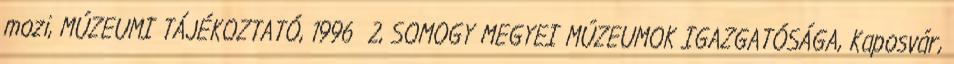
mozi, MÚZEUMI TÁJÉKOZTATÓ, 1996 2, SOMOGY MEGYEI MÚZEUMOK IGAZGATÓSÁGA, Kaposvár,